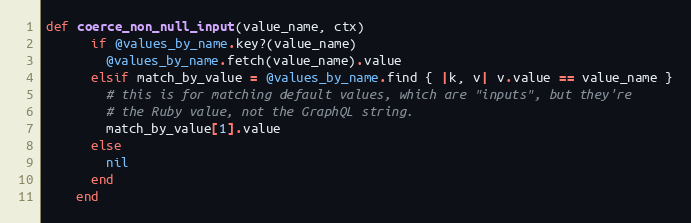
Language: Ruby
def coerce_non_null_input(value_name, ctx)
      if @values_by_name.key?(value_name)
        @values_by_name.fetch(value_name).value
      elsif match_by_value = @values_by_name.find { |k, v| v.value == value_name }
        # this is for matching default values, which are "inputs", but they're
        # the Ruby value, not the GraphQL string.
        match_by_value[1].value
      else
        nil
      end
    end